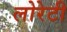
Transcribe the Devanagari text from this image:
लोरेटी